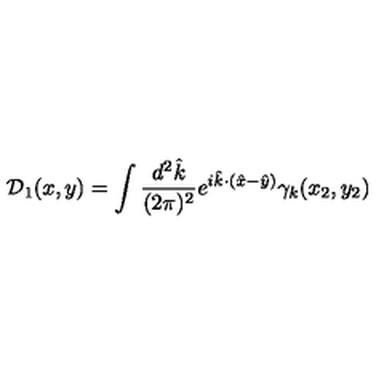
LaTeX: { \mathcal D } _ { 1 } ( x , y ) = \int \frac { d ^ { 2 } { \hat { k } } } { ( 2 \pi ) ^ { 2 } } e ^ { i { \hat { k } } \cdot ( { \hat { x } } - { \hat { y } } ) } \gamma _ { k } ( x _ { 2 } , y _ { 2 } )